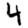
Digit: 4